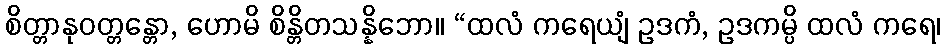
စိတ္တာနုဝတ္တန္တော, ဟောမိ စိန္တိတသန္နိဘော။ “ထလံ ကရေယျံ ဥဒကံ, ဥဒကမ္ပိ ထလံ ကရေ၊